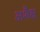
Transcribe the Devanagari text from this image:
अशैक्ष